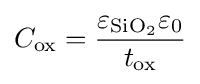
C_{\mathrm {ox} }={\frac {\varepsilon _{\mathrm {SiO_{2}} }\varepsilon _{0}}{t_{\mathrm {ox} }}}